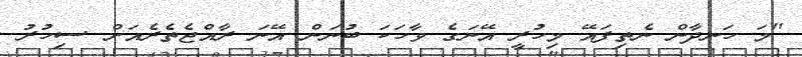
''މަ ހަނދާން ނެތިފައޭ މިހުރީ އޭނަގެ ވާހަކަ ބުނަން އޭނަ ރާއްޖެތެރެއަށް ސިހުރު